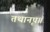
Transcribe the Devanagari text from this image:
तथानृप॥